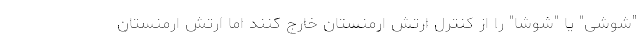
"شوشی" یا "شوشا" را از کنترل ارتش ارمنستان خارج کنند اما ارتش ارمنستان